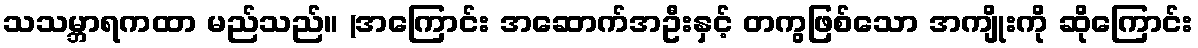
သသမ္ဘာရကထာ မည်သည်။ (အကြောင်း အဆောက်အဦးနှင့် တကွဖြစ်သော အကျိုးကို ဆိုကြောင်း